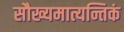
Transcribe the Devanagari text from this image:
सौख्यमात्यन्तिकं